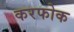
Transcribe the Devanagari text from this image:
करफोक